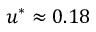
u ^ { * } \approx 0 . 1 8